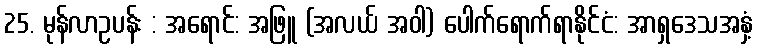
25. မုန်လာဥပန်း : အရောင်: အဖြူ (အလယ် အဝါ) ပေါက်ရောက်ရာနိုင်ငံ: အာရှဒေသအနှံ့